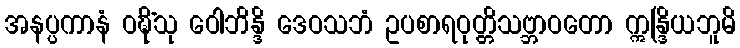
အနပ္ပကာနံ ဝဍ္ဎိံသု ဝေါဘိန္ဒိ ဒေဝသဘံ ဥပစာရဝုတ္တိသဗ္ဘာဝတော ဣန္ဒြိယဘူမိ